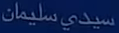
سيدى سليمان